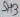
Text: SH3